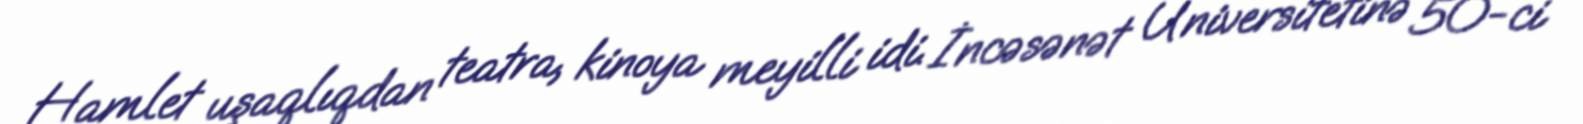
Hamlet uşaqlıqdan teatra, kinoya meyilli idi. İncəsənət Universitetinə 50-ci